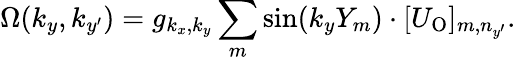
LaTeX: \Omega({k_{y},k_{y^{\prime}}})={g_{k_{x},k_{y}}}\sum_{m}\sin(k_{y}Y_{m})\cdot[U_{\mathrm{O}}]_{m,n_{y^{\prime}}}.